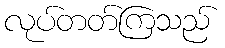
လုပ်တတ်ကြသည်